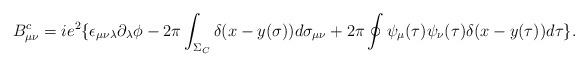
LaTeX: \begin{align*}B_{\mu\nu}^{c} = ie^{2}\{\epsilon_{\mu\nu\lambda}\partial_{\lambda}\phi -2\pi\int_{\Sigma_{C}}\delta (x-y(\sigma))d\sigma_{\mu\nu} +2\pi\oint \psi_{\mu}(\tau) \psi_{\nu}(\tau) \delta (x-y(\tau))d\tau \}. \end{align*}